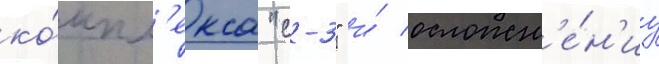
ко́мпл'екса "с-3" и́ осложн'е́н'иу